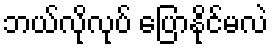
ဘယ်လိုလုပ် ပြောနိုင်မလဲ